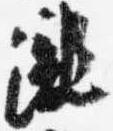
滝